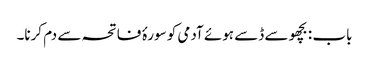
باب : بچھو سے ڈسے ہوئے آدمی کو سورۂ فاتحہ سے دم کرنا۔